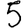
Digit: 5